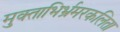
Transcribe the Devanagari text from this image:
मुक्ताभिर्भ्रमरकलिता